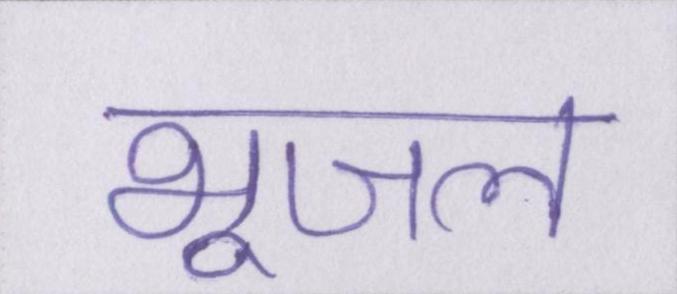
भूजल